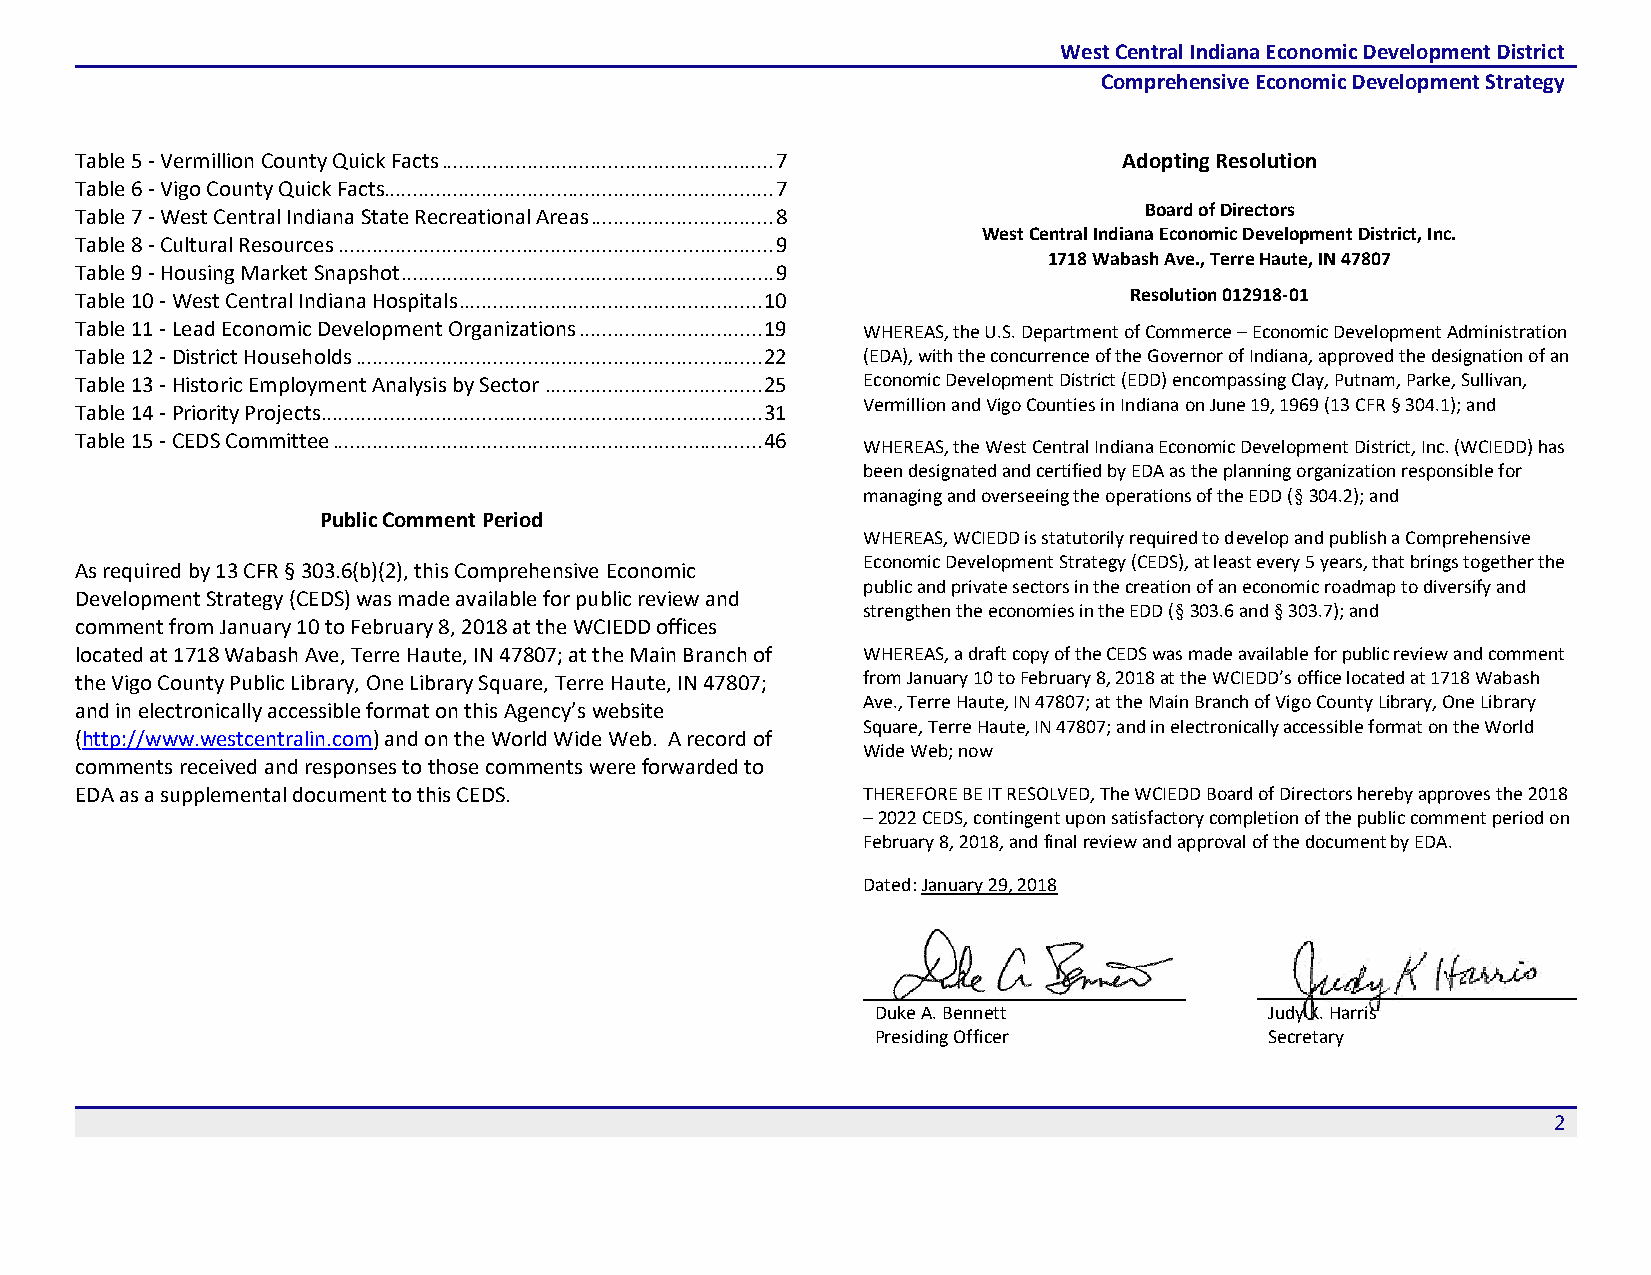
West Central Indiana Economic Development District
 Comprehensive Economic Development Strategy
 Table 5 - Vermillion County Quick Facts .......................................................... 7 Adopting Resolution
 Table 6 - Vigo County Quick Facts.................................................................... 7
 Table 7 - West Central Indiana State Recreational Areas ................................ 8 Board of Directors
 West Central Indiana Economic Development District, Inc.
 Table 8 - Cultural Resources ............................................................................ 9
 1718 Wabash Ave., Terre Haute, IN 47807
 Table 9 - Housing Market Snapshot ................................................................. 9
 Table 10 - West Central Indiana Hospitals ..................................................... 10 Resolution 012918-01
 Table 11 - Lead Economic Development Organizations ................................ 19 WHEREAS, the U.S. Department of Commerce – Economic Development Administration
 Table 12 - District Households ....................................................................... 22 (EDA), with the concurrence of the Governor of Indiana, approved the designation of an
 Table 13 - Historic Employment Analysis by Sector ...................................... 25 Economic Development District (EDD) encompassing Clay, Putnam, Parke, Sullivan,
 Vermillion and Vigo Counties in Indiana on June 19, 1969 (13 CFR § 304.1); and
 Table 14 - Priority Projects ............................................................................. 31
 Table 15 - CEDS Committee ........................................................................... 46
 WHEREAS, the West Central Indiana Economic Development District, Inc. (WCIEDD) has
 been designated and certified by EDA as the planning organization responsible for
 managing and overseeing the operations of the EDD (§ 304.2); and
 Public Comment Period
 WHEREAS, WCIEDD is statutorily required to develop and publish a Comprehensive
 Economic Development Strategy (CEDS), at least every 5 years, that brings together the
 As required by 13 CFR § 303.6(b)(2), this Comprehensive Economic
 public and private sectors in the creation of an economic roadmap to diversify and
 Development Strategy (CEDS) was made available for public review and
 strengthen the economies in the EDD (§ 303.6 and § 303.7); and
 comment from January 10 to February 8, 2018 at the WCIEDD offices
 located at 1718 Wabash Ave, Terre Haute, IN 47807; at the Main Branch of WHEREAS, a draft copy of the CEDS was made available for public review and comment
 the Vigo County Public Library, One Library Square, Terre Haute, IN 47807; from January 10 to February 8, 2018 at the WCIEDD’s office located at 1718 Wabash
 Ave., Terre Haute, IN 47807; at the Main Branch of Vigo County Library, One Library
 and in electronically accessible format on this Agency’s website
 Square, Terre Haute, IN 47807; and in electronically accessible format on the World
 (http://www.westcentralin.com) and on the World Wide Web. A record of
 Wide Web; now
 comments received and responses to those comments were forwarded to
 EDA as a supplemental document to this CEDS.        THEREFORE BE IT RESOLVED, The WCIEDD Board of Directors hereby approves the 2018
 – 2022 CEDS, contingent upon satisfactory completion of the public comment period on
 February 8, 2018, and final review and approval of the document by EDA.
 Dated: January 29, 2018
 Duke A. Bennett           Judy K. Harris
 Presiding Officer         Secretary
 2